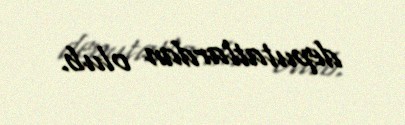
deputatlardan olub.